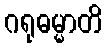
ဂရုဓမ္မာတိ